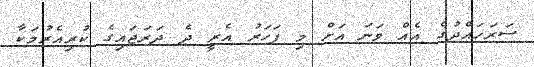
ސަރަހައްދުގެ އެއް ވަނަ އަށް މި ފަހަރު އެރީ ދެ ދަރަޖައިގެ ކުރިއެރުމަކާ